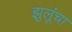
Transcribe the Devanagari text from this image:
झुलूंचा